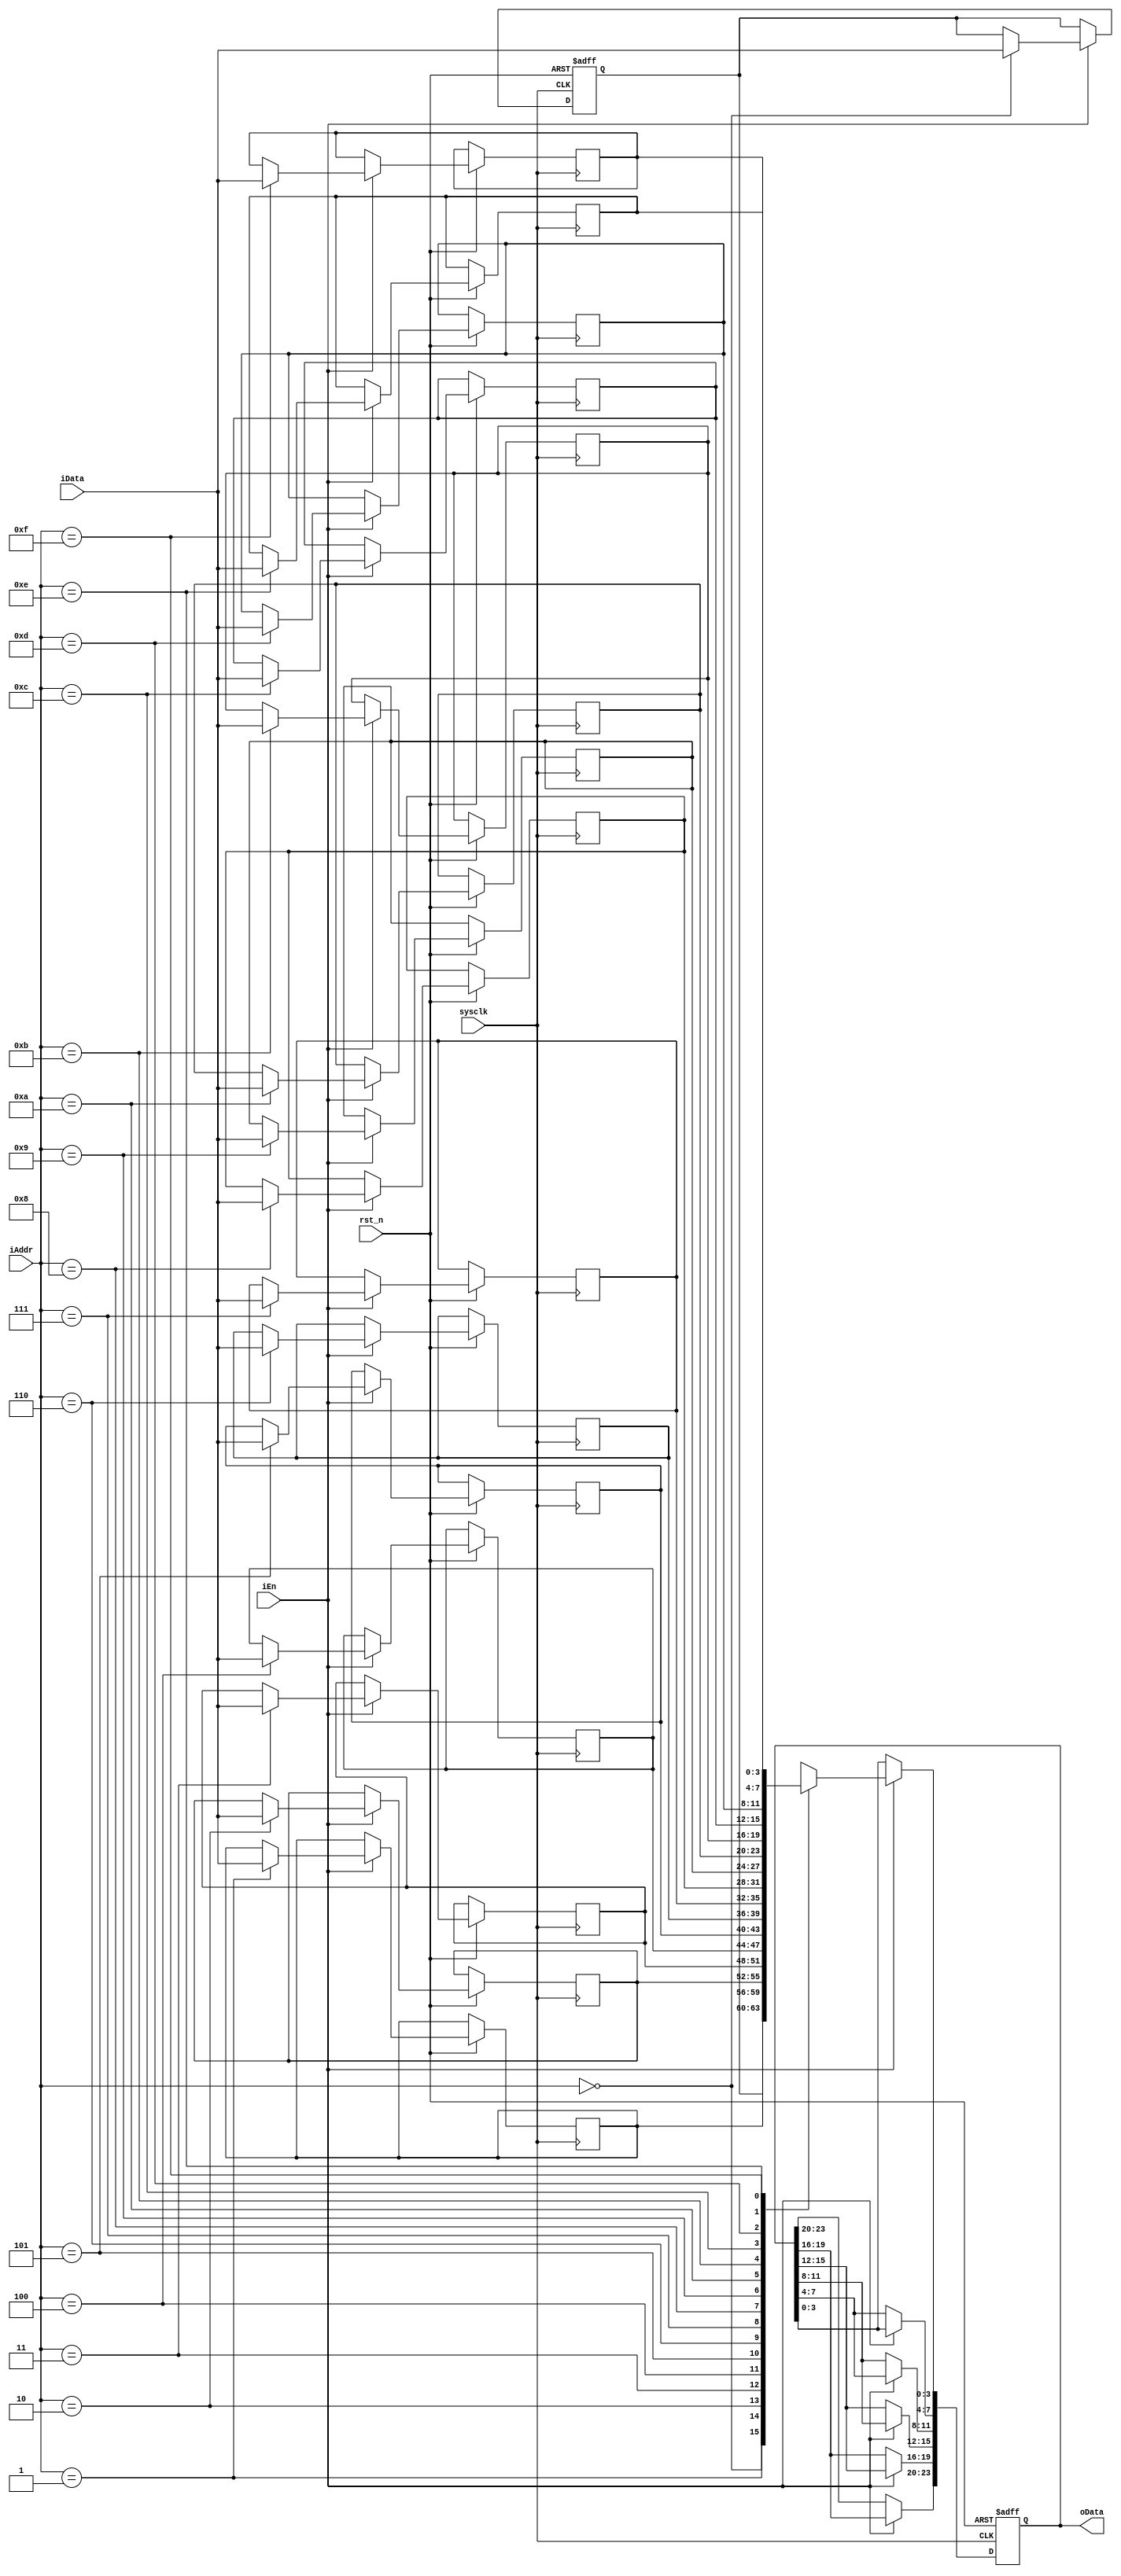
`timescale 1ns / 1ps
//////////////////////////////////////////////////////////////////////////////////
// Company: 
// Engineer: 
// 
// Design Name: 
// Module Name:    pushshift_savemod 
// Project Name: 
// Target Devices: 
// Tool versions: 
// Description: 
//
// Dependencies: 
//
// Revision: 
// Revision 0.01 - File Created
// Additional Comments: 
//
//////////////////////////////////////////////////////////////////////////////////
module pushshift_savemod(
    sysclk,
    rst_n,
    iEn,
    iAddr,
    iData,
    oData
    );
    
    input sysclk;
    input rst_n;
    input iEn;
    input [3:0]iAddr;
    input [3:0]iData;
    output [23:0]oData;
    
    /********************************************************/
    reg [3:0]RAM [15:0]; //RAM
    reg [23:0]D1; //D1
    
    // iEnD1(4bit)
    always @(posedge sysclk or negedge rst_n) begin
        if (!rst_n) begin
            D1 <= 24'd0;
            RAM[0] <= 4'd0; //: 000000
        end
        else if (iEn) begin
            RAM[iAddr] <= iData;
            D1[3:0] <= RAM[iAddr]; // 1siEn D1[3:0]RAM[0];
            D1[7:4] <= D1[3:0];
            D1[11:8] <= D1[7:4];
            D1[15:12] <= D1[11:8];
            D1[19:16] <= D1[15:12];
            D1[23:20] <= D1[19:16];
        end
    end

    assign oData = D1;

endmodule